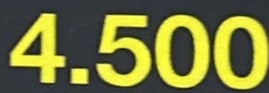
4.500